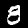
Label: 8